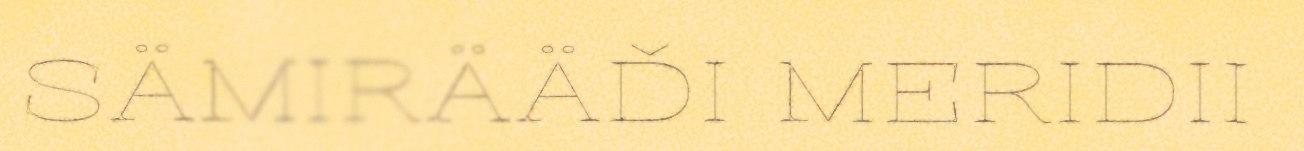
SÄMIRÄÄĐI MERIDII